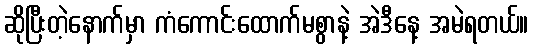
ဆိုပြီးတဲ့နောက်မှာ ကံကောင်းထောက်မစွာနဲ့ အဲဒီနေ့ အမဲရတယ်။